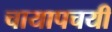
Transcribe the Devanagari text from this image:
चायापचयी